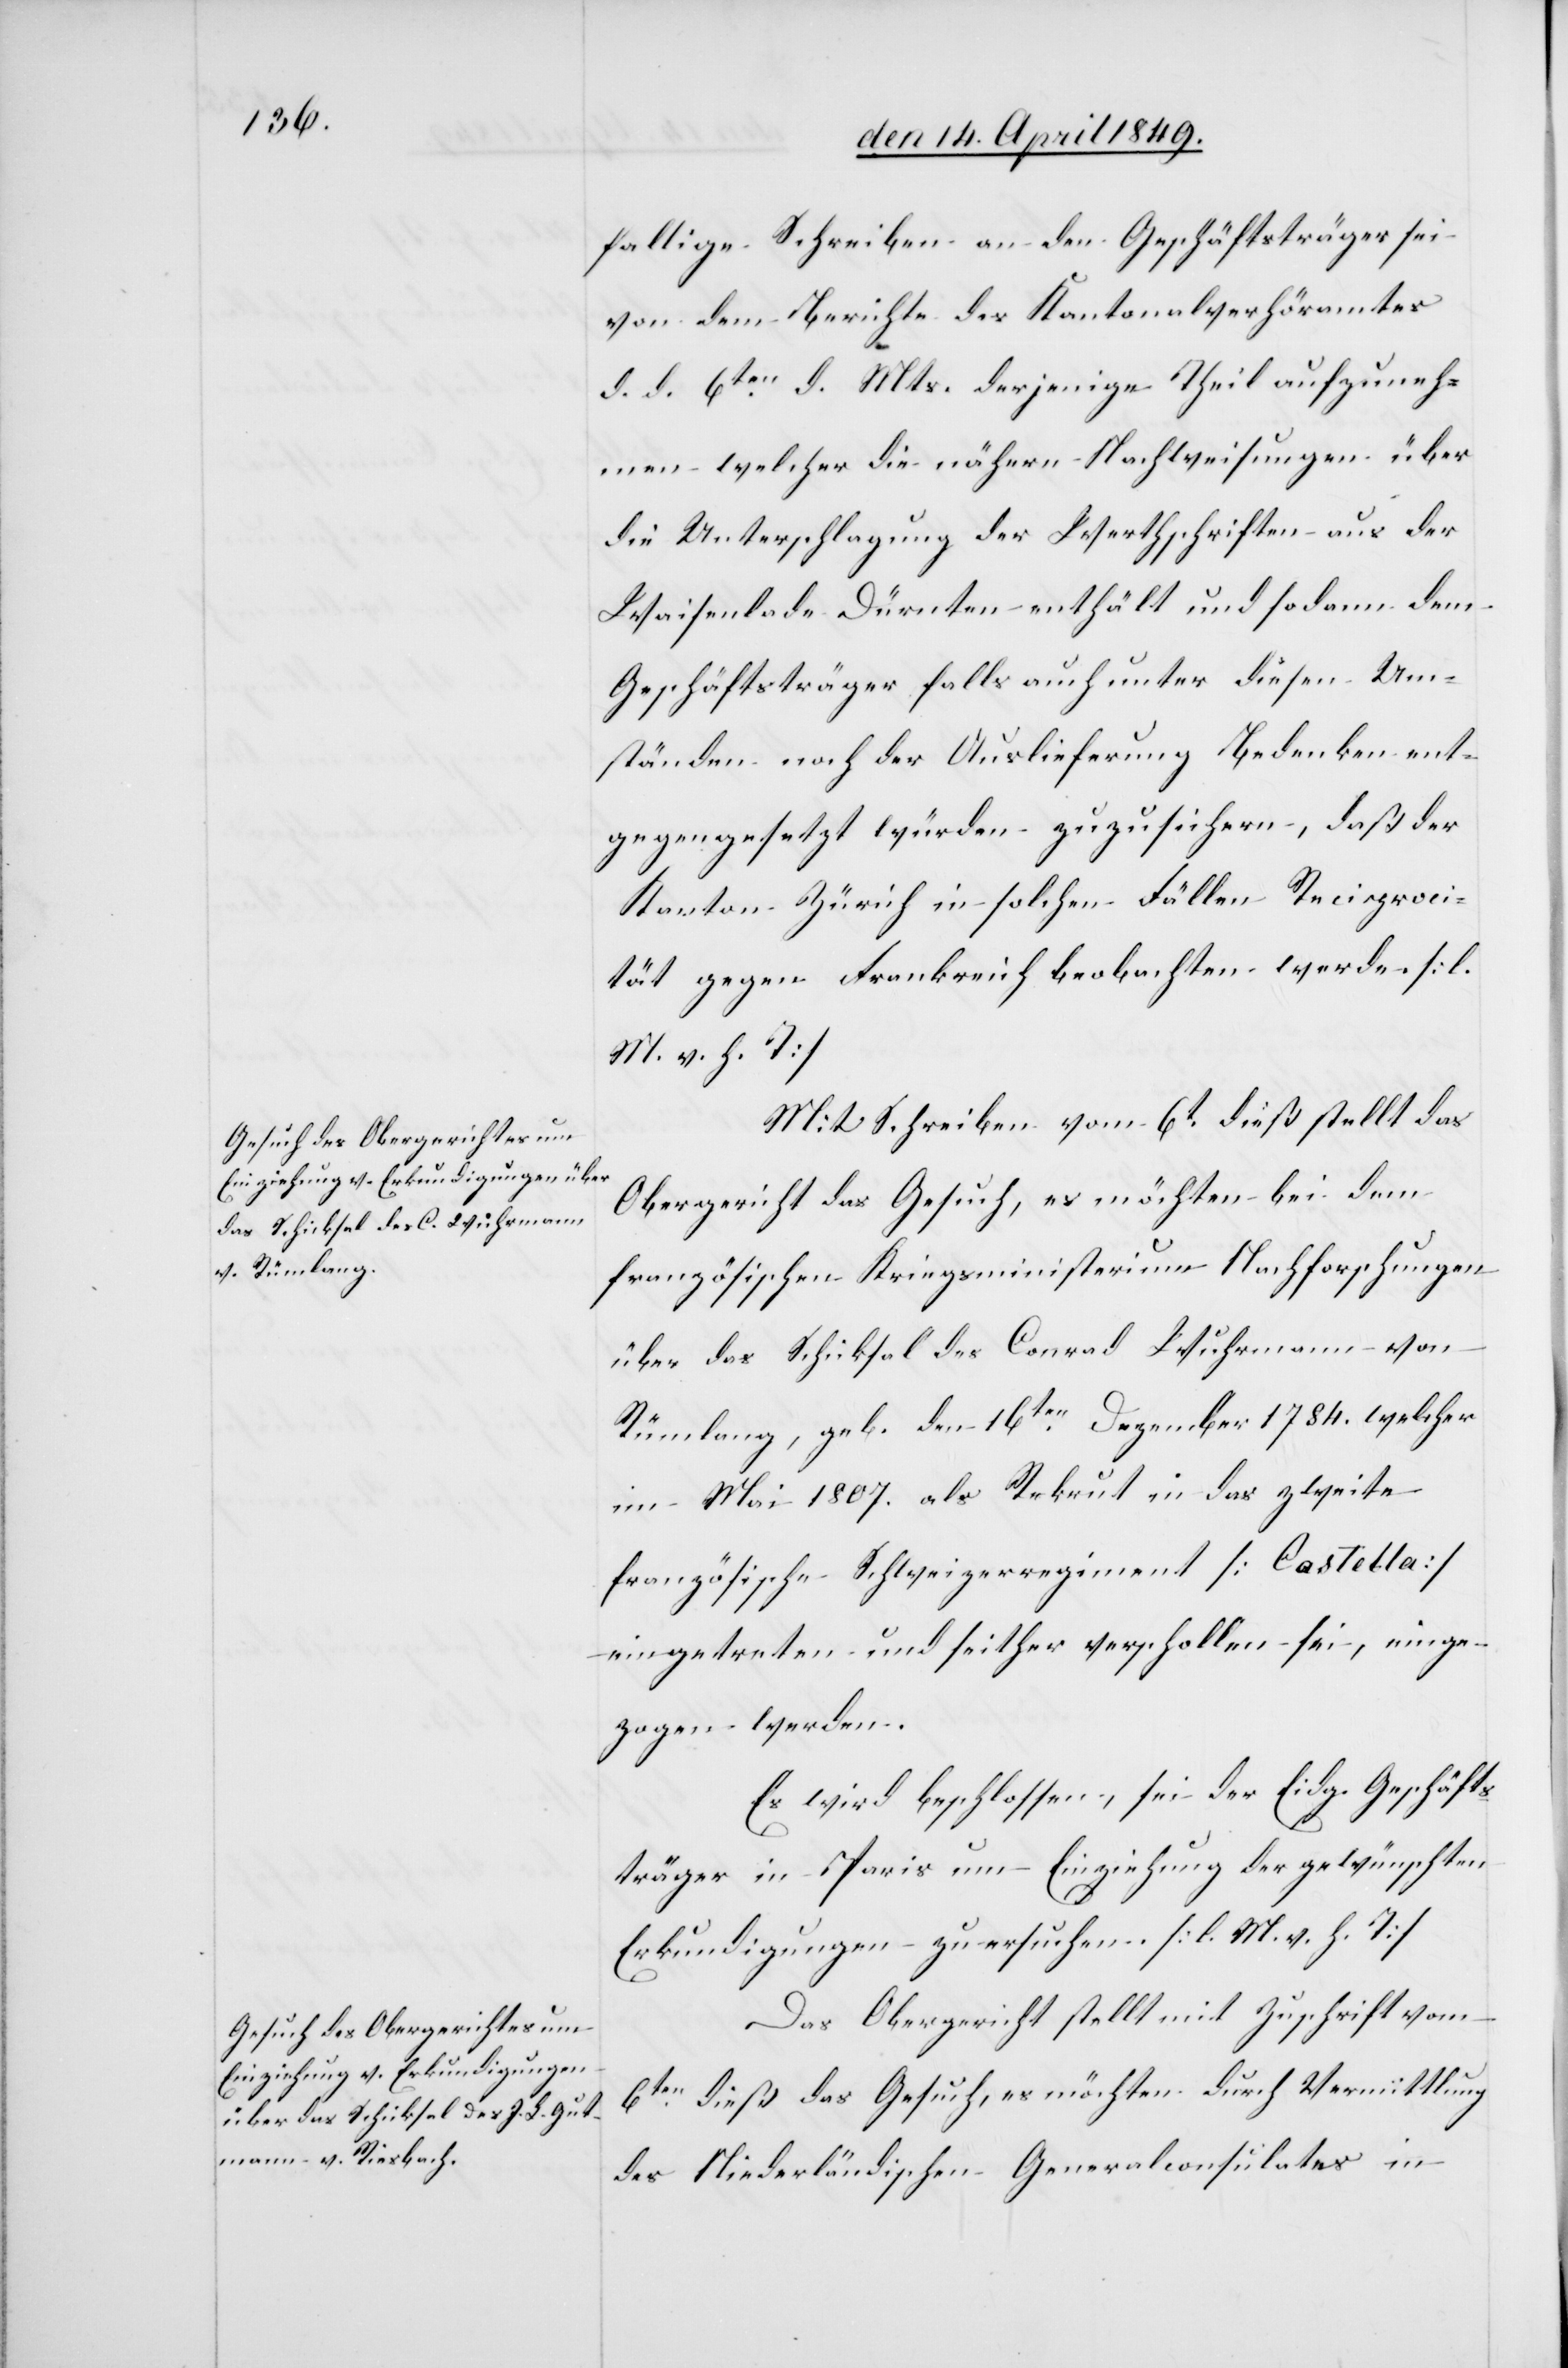
fallige Schreiben an den Geschäftsträger sei
von dem Berichte des Kantonalverhöramtes
d. d. 6ten d. Mts. derjenige Theil aufzuneh¬
men welcher die nähern Nachweisungen über
die Unterschlagung der Werthschriften aus der
Waisenlade Dürnten enthält und sodann dem
Geschäftsträger falls auch unter diesen Um¬
ständen nach der Auslieferung Bedenken ent¬
gegengesetzt würden zuzusichern, daß der
Kanton Zürich in solchen Fällen Reciproci¬
tät gegen Frankreich beobachten werde. [l.
M. h. T]
Mit Schreiben vom 6t dieß stellt das
Obergericht das Gesuch, es möchten bei dem
französischen Kriegsministerium Nachforschungen
über das Schicksal des Conrad Wuhrmann von
Rümlang, geb. den 16ten Dezember 1784. welcher
im Mai 1807. als Rekrut in das zweite
französische Schweizerregiment [Castella]
eingetreten und seither verschollen sei, einge¬
zogen werden.
Es wird beschlossen, sei der Eidg. Geschäfts¬
träger in Paris um Einziehung der gewünschten
Erkundigungen zu ersuchen [l. M. h. T][.]
Das Obergericht stellt mit Zuschrift vom
6ten dieß das Gesuch, es möchten durch Vermittlung
des Niederländischen Generalconsulates in